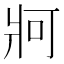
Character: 牁